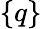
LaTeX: \{ {q}\}